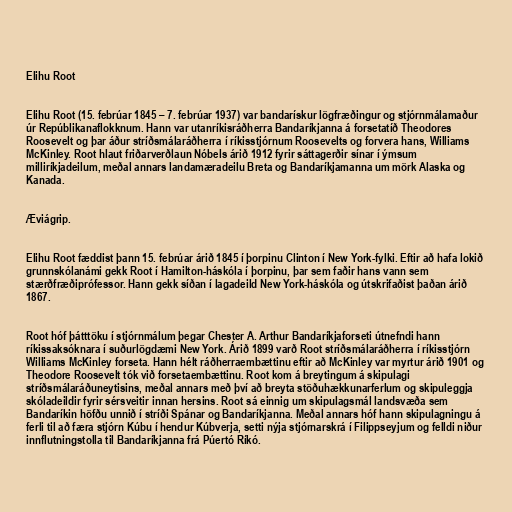
Elihu Root

Elihu Root (15. febrúar 1845 – 7. febrúar 1937) var bandarískur lögfræðingur og stjórnmálamaður
úr Repúblikanaflokknum. Hann var utanríkisráðherra Bandaríkjanna á forsetatíð Theodores
Roosevelt og þar áður stríðsmálaráðherra í ríkisstjórnum Roosevelts og forvera hans, Williams
McKinley. Root hlaut friðarverðlaun Nóbels árið 1912 fyrir sáttagerðir sínar í ýmsum
milliríkjadeilum, meðal annars landamæradeilu Breta og Bandaríkjamanna um mörk Alaska og
Kanada.

Æviágrip.

Elihu Root fæddist þann 15. febrúar árið 1845 í þorpinu Clinton í New York-fylki. Eftir að hafa lokið
grunnskólanámi gekk Root í Hamilton-háskóla í þorpinu, þar sem faðir hans vann sem
stærðfræðiprófessor. Hann gekk síðan í lagadeild New York-háskóla og útskrifaðist þaðan árið
1867.

Root hóf þátttöku í stjórnmálum þegar Chester A. Arthur Bandaríkjaforseti útnefndi hann
ríkissaksóknara í suðurlögdæmi New York. Árið 1899 varð Root stríðsmálaráðherra í ríkisstjórn
Williams McKinley forseta. Hann hélt ráðherraembættinu eftir að McKinley var myrtur árið 1901 og
Theodore Roosevelt tók við forsetaembættinu. Root kom á breytingum á skipulagi
stríðsmálaráðuneytisins, meðal annars með því að breyta stöðuhækkunarferlum og skipuleggja
skóladeildir fyrir sérsveitir innan hersins. Root sá einnig um skipulagsmál landsvæða sem
Bandaríkin höfðu unnið í stríði Spánar og Bandaríkjanna. Meðal annars hóf hann skipulagningu á
ferli til að færa stjórn Kúbu í hendur Kúbverja, setti nýja stjórnarskrá í Filippseyjum og felldi niður
innflutningstolla til Bandaríkjanna frá Púertó Ríkó.